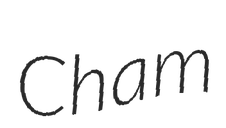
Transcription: Cham